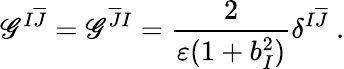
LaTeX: \mathscr{G}^{I\overline{{{{J}}}}}=\mathscr{G}^{\overline{{{{J}}}}I}=\frac{{2}}{{\varepsilon(1+b_{I}^{2})}}\delta^{I\overline{{{{J}}}}}~.